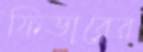
ফিডারের